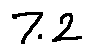
7 . 2